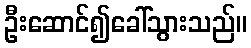
ဦးဆောင်၍ခေါ်သွားသည်။